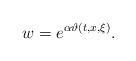
LaTeX: \begin{align*}w=e^{\alpha\vartheta(t,x,\xi)}.\end{align*}